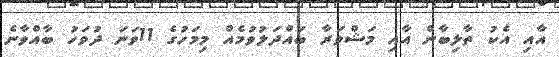
އާއި އެކު ތާލިބާން އާއި މަޝްވަރާ ބައްދަލުވުމެއް މިމަހުގެ 11ވަނަ ދުވަހު ބާއްވާނެ